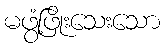
မဖွံ့ဖြိုးသေးသော